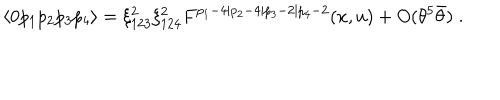
\langle 0 p _ { 1 } p _ { 2 } p _ { 3 } p _ { 4 } \rangle = \xi _ { 1 2 3 } ^ { 2 } \xi _ { 1 2 4 } ^ { 2 } F ^ { p _ { 1 } - 4 \vert p _ { 2 } - 4 \vert p _ { 3 } - 2 \vert p _ { 4 } - 2 } ( x , u ) + O ( \theta ^ { 5 } \bar { \theta } ) \; .